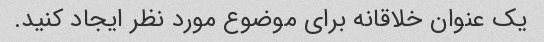
یک عنوان خلاقانه برای موضوع مورد نظر ایجاد کنید.